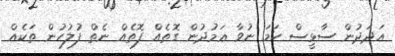
އަދަދުން ސާޅީސް ހަމަ ނުވާ ޢަމުދުން ގޮތެއް ފޮތެއް ނެތް ފުލުހުން ތަކެއް